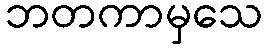
ဘတကာမှသေ